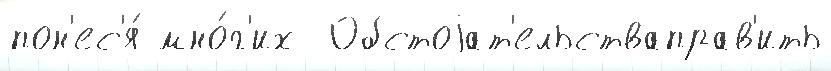
пон'ес'я́ мно́г'их  Обстоjат'ельстваправ'ить